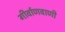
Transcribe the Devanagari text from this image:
गीर्वाणवाणी